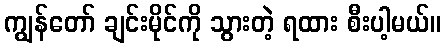
ကျွန်တော် ချင်းမိုင်ကို သွားတဲ့ ရထား စီးပါ့မယ်။